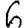
Digit: 6